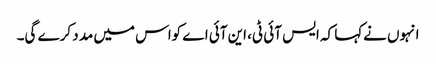
انہوں نےکہا کہ ایس آئی ٹی، این آئی اے کواس میں مد د کرے گی۔